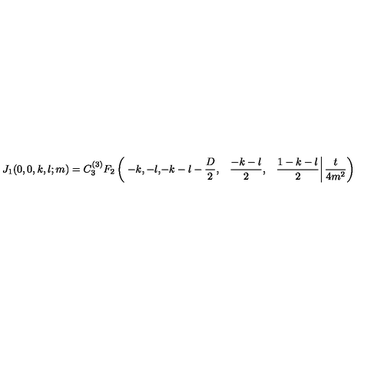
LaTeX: J _ { 1 } ( 0 , 0 , k , l ; m ) = C ^ { ( 3 ) } _ { 3 } F _ { 2 } \left( \left. \begin{matrix} { - k , } & { - l , } & { - k - l - \frac { D } { 2 } , } \\ { \quad \frac { - k - l } { 2 } , } & { \quad \frac { 1 - k - l } { 2 } } \\ \end{matrix} \right| \frac { t } { 4 m ^ { 2 } } \right)